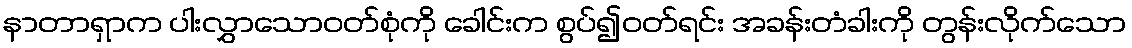
နာတာရှာက ပါးလွှာသောဝတ်စုံကို ခေါင်းက စွပ်၍ဝတ်ရင်း အခန်းတံခါးကို တွန်းလိုက်သော